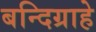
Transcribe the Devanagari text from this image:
बन्दिग्राहे